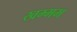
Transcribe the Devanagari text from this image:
खम्‍मम